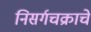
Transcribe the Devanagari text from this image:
निसर्गचक्राचे